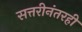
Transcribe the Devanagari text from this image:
सत्तरीनंतरही